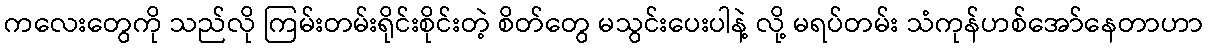
ကလေးတွေကို သည်လို ကြမ်းတမ်းရိုင်းစိုင်းတဲ့ စိတ်တွေ မသွင်းပေးပါနဲ့ လို့ မရပ်တမ်း သံကုန်ဟစ်အော်နေတာဟာ